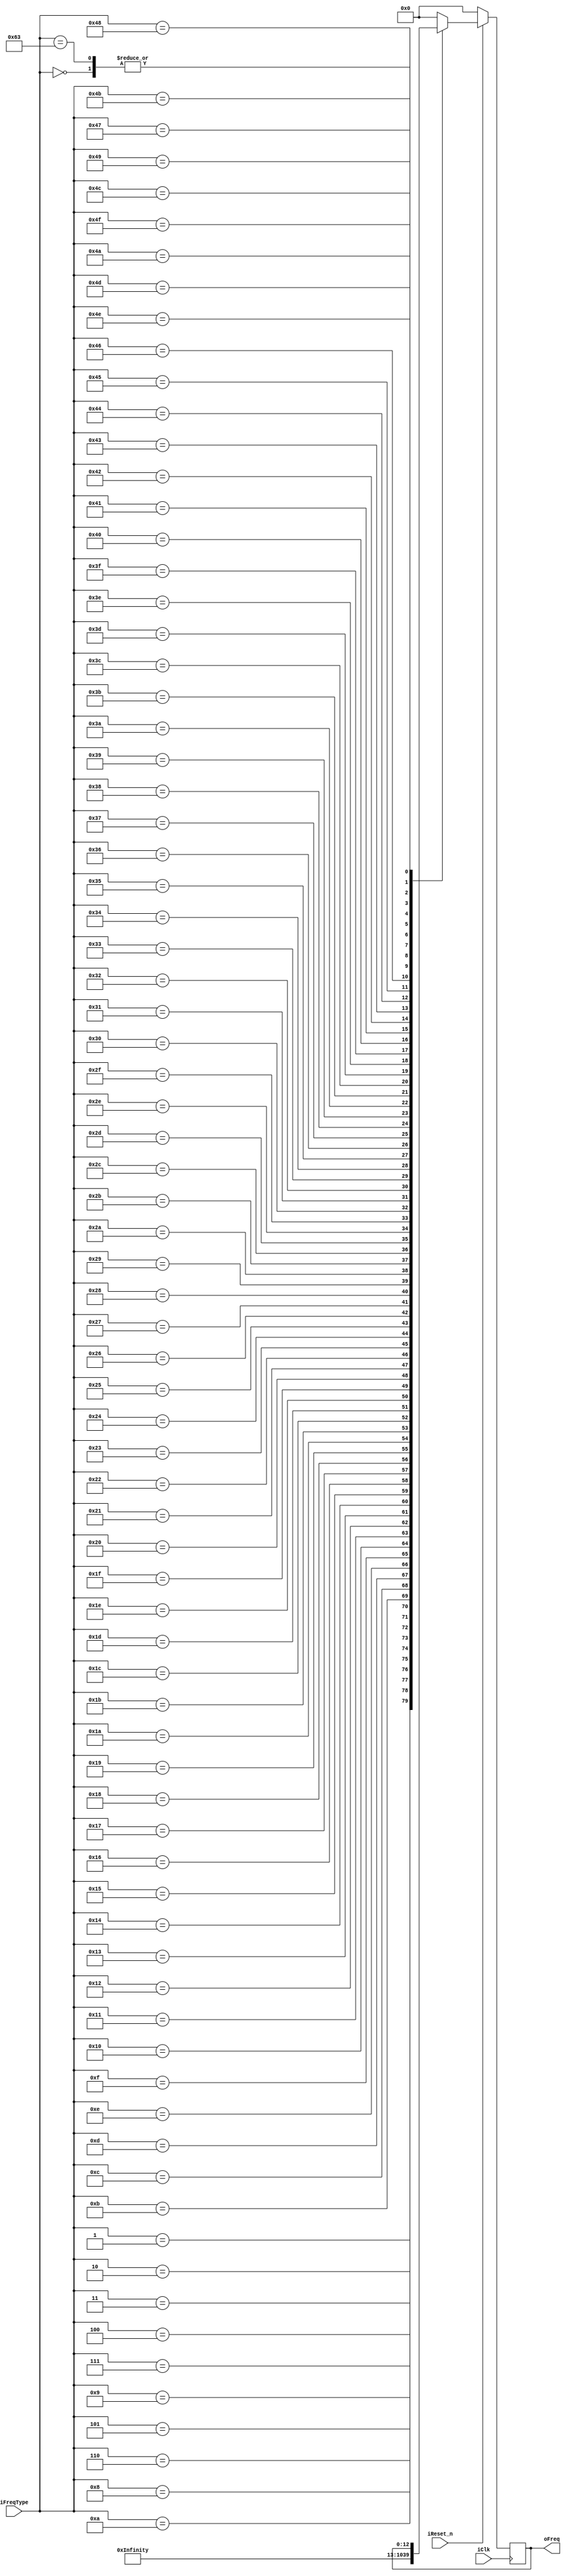
/*Realize the conversion of frequency serial number to actual frequency.*/
module BuzzerDecoder (input iClk,   //clock
                      input iReset_n,   //reset signal, active low
                      input [7:0]iFreqType, //frequency type of the buzzer, 79 in total,1^-3 - 7^3, main 49keys , half 35keys
                      output [12:0]oFreq    //real frequency of the buzzer
                      );

    reg [12:0]frequency;
    always @(posedge iClk) begin  // choose the frequency
        
        if (!iReset_n) begin
            frequency <= 0;
        end
        else begin
            case (iFreqType)
            0:  // not defined
            frequency <= frequency;

            1:   // C1 33   1^-3
            frequency <= 1000000/33;
            2:   // D1 37
            frequency <= 1000000/37;
            3:   // E1 41
            frequency <= 1000000/41;
            4:   // F1 44
            frequency <= 1000000/44;
            5:   // G1 49
            frequency <= 1000000/49;
            6:   // A1 55   6^-3
            frequency <= 1000000/55;
            7:   // B1 62
            frequency <= 1000000/62;
            8:   // C2 65   1^-2
            frequency <= 1000000/65;
            9:   // C#2 69
            frequency <= 1000000/69;
            10:  // D2 73
            frequency <= 1000000/73;
            11:  // D#2 78
            frequency <= 1000000/78;
            12:  // E2 82
            frequency <= 1000000/82;
            13:  // F2 87
            frequency <= 1000000/87;
            14:  // F#2 92
            frequency <= 1000000/92;
            15:  // G2 98
            frequency <= 1000000/98;
            16:  // G#2 104
            frequency <= 1000000/104;
            17:  // A2 110  6^-2
            frequency <= 1000000/110;
            18:  // A#2 117
            frequency <= 1000000/117;
            19:  // B2 123
            frequency <= 1000000/123;
            20:  // C3 130  1^-1
            frequency <= 1000000/130;
            21:  // C#3 138
            frequency <= 1000000/138;
            22:  // D3 146
            frequency <= 1000000/146;
            23:  // D#3 155
            frequency <= 1000000/155;
            24:  // E3 164
            frequency <= 1000000/164;
            25:  // F3 174  4^-1
            frequency <= 1000000/174;
            26:  // F#3 185
            frequency <= 1000000/185;
            27:  // G3 196
            frequency <= 1000000/196;
            28:  // G#3 207
            frequency <= 1000000/207;
            29:  // A3 220   6^-1
            frequency <= 1000000/220;
            30: // A#3 233
            frequency <= 1000000/233;
            31: // B3 246
            frequency <= 1000000/246;
            32: // C4 261   1
            frequency <= 1000000/261;
            33: // C#4 277
            frequency <= 1000000/277;
            34: // D4 293
            frequency <= 1000000/293;
            35: // D#4 311
            frequency <= 1000000/311;
            36: // E4 329
            frequency <= 1000000/329;
            37: // F4 349
            frequency <= 1000000/349;
            38: // F#4 370
            frequency <= 1000000/370;
            39: // G4 392
            frequency <= 1000000/392;
            40: // G#4 415
            frequency <= 1000000/415;
            41: // A4 440   MAIN FREQUENCY 6
            frequency <= 1000000/440;
            42: // A#4 466
            frequency <= 1000000/466;
            43: // B4 494
            frequency <= 1000000/494;
            44: // C5 523   1^1
            frequency <= 1000000/523;
            45: // C#5 554
            frequency <= 1000000/554;
            46: // D5 587   2^1
            frequency <= 1000000/587;
            47: // D#5 622
            frequency <= 1000000/622;
            48: // E5 659   3^1
            frequency <= 1000000/659;
            49: // F5 698   4^1
            frequency <= 1000000/698;
            50: // F#5 740
            frequency <= 1000000/740;
            51: // G5 784   5^1
            frequency <= 1000000/784;
            52: // G#5 831
            frequency <= 1000000/831;
            53: // A5 880   6^1
            frequency <= 1000000/880;
            54: // A#5 932
            frequency <= 1000000/932;
            55: // B5 988   7^1
            frequency <= 1000000/988;
            56: // C6 1047  1^2
            frequency <= 1000000/1047;
            57: // C#6 1109
            frequency <= 1000000/1109;
            58: // D6 1175  2^2
            frequency <= 1000000/1175;
            59: // D#6 1245
            frequency <= 1000000/1245;
            60: // E6 1319  3^2
            frequency <= 1000000/1319;
            61: // F6 1397  4^2
            frequency <= 1000000/1397;
            62: // F#6 1480
            frequency <= 1000000/1480;
            63: // G6 1568
            frequency <= 1000000/1568;
            64: // G#6 1661
            frequency <= 1000000/1661;
            65: // A6 1760  6^2
            frequency <= 1000000/1760;
            66: // A#6 1865
            frequency <= 1000000/1865;
            67: // B6 1976
            frequency <= 1000000/1976;
            68: // C7 2093  1^3
            frequency <= 1000000/2093;
            69: // C#7 2217
            frequency <= 1000000/2217;
            70: // D7 2349
            frequency <= 1000000/2349;
            71: // D#7 2489
            frequency <= 1000000/2489;
            72: // E7 2637
            frequency <= 1000000/2637;
            73: // F7 2794
            frequency <= 1000000/2794;
            74: // F#7 2960
            frequency <= 1000000/2960;
            75: // G7 3136
            frequency <= 1000000/3136;
            76: // G#7 3322
            frequency <= 1000000/3322;
            77: // A7 3520  6^3
            frequency <= 1000000/3520;
            78: // A#7 3729
            frequency <= 1000000/3729;
            79: // B7 3951  7^3
            frequency <= 1000000/3951;
            
            99: // stop
            frequency <= frequency;
            default:
            frequency <= 0;
            endcase
        end
    end
    
    assign oFreq = frequency;
endmodule